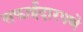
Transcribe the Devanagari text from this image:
सफाईदारपणे